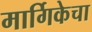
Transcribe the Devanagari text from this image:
मार्गिकेचा